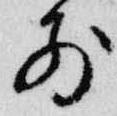
前